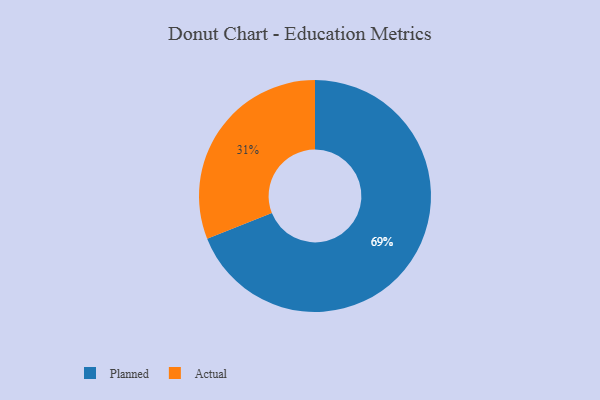
{"axis": {"x": "Category", "y": "Percentage"}, "legend": ["Actual", "Planned"], "data": [{"x": "Planned", "y": 69, "type": "Planned"}, {"x": "Actual", "y": 31, "type": "Actual"}]}